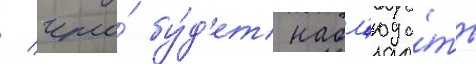
/ что́ бу́д'ет набл'юда́ть